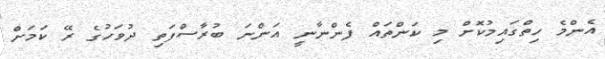
އެންމެ ހިތްގައިމުކޮށް މި ކަންތައް ފެންނާނީ އަންނަ ބުރާސްފަތި ދުވަހުގެ ރޭ ކަމަށް